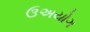
ઉઅયોગ